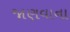
જાણવાના